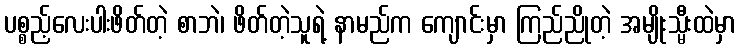
ပစ္စည့်လေးပါးဖိတ်တဲ့ စာဘဲ၊ ဖိတ်တဲ့သူရဲ့ နာမည်က ကျောင်းမှာ ကြည်ညိုတဲ့ အမျိုးသ္မီးထဲမှာ